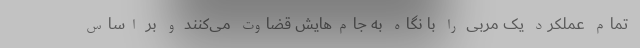
تمام عملکرد یک مربی را با نگاه به جام‌هایش قضاوت می‌کنند و بر اساس